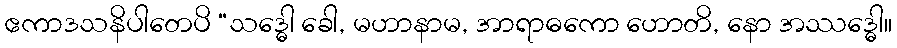
ဧကာဒသနိပါတေပိ “သဒ္ဓေါ ခေါ, မဟာနာမ, အာရာဓကော ဟောတိ, နော အဿဒ္ဓေါ။